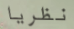
نظريا